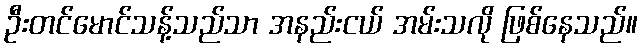
ဦးတင်မောင်သန့်သည်သာ အနည်းငယ် အမ်းသလို ဖြစ်နေသည်။